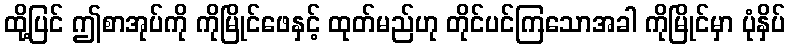
ထို့ပြင် ဤစာအုပ်ကို ကိုမြိုင်ဖေနှင့် ထုတ်မည်ဟု တိုင်ပင်ကြသောအခါ ကိုမြိုင်မှာ ပုံနှိပ်